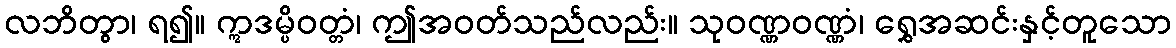
လဘိတွာ၊ ရ၍။ ဣဒမ္ပိဝတ္တံ၊ ဤအဝတ်သည်လည်း။ သုဝဏ္ဏဝဏ္ဏံ၊ ရွှေအဆင်းနှင့်တူသော